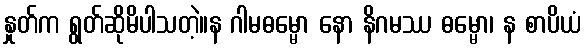
နှုတ်က ရွတ်ဆိုမိပါသတဲ့။န ဂါမဓမ္မော နော နိဂမဿ ဓမ္မော၊ န စာပိယံ